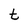
Character: t